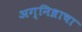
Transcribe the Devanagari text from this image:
अग्निध्राचा